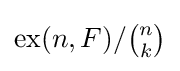
{\text{ex}}(n,F)/{\tbinom {n}{k}}